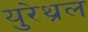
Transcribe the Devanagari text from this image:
युरेथ्रल